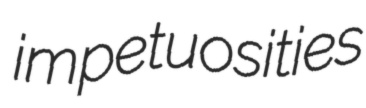
impetuosities